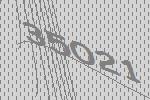
35021